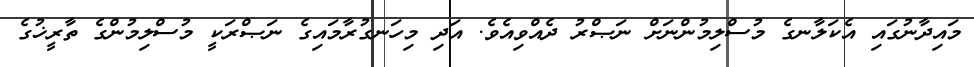
މައިދާނުގައި އެކަލާނގެ މުސްލިމުންނަށް ނަޞްރު ދެއްވިއެވެ. އަދި މިހަނގުރާމައިގެ ނަޞްރަކީ މުސްލިމުންގެ ތާރީޚުގެ